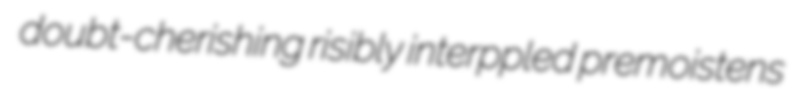
doubt-cherishing risibly interppled premoistens